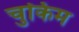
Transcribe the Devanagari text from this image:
चुकिम